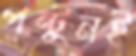
পন্টুনই